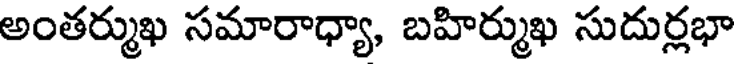
అంతర్ముఖ సమారాధ్యా, బహిర్ముఖ సుదుర్లభా